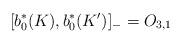
LaTeX: \begin{align*}\lbrack b_{0}^{\ast }(K),b_{0}^{\ast }(K^{\prime })]_{-}=O_{3,1}\end{align*}